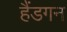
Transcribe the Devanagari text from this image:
हैंडगन